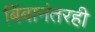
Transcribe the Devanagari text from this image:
बिंबानंतरही